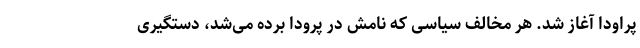
پراودا آغاز شد. هر مخالف سیاسی که نامش در پرودا برده می‌شد، دستگیری